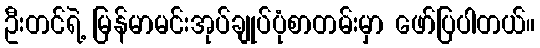
ဦးတင်ရဲ့ မြန်မာမင်းအုပ်ချုပ်ပုံစာတမ်းမှာ ဖော်ပြပါတယ်။